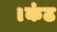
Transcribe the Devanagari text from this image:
।कंठ